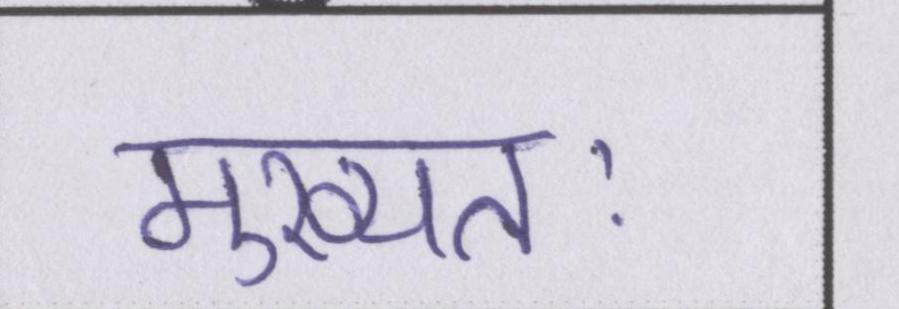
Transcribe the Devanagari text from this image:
मुख्यतः